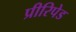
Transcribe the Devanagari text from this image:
प्रीरिपेड